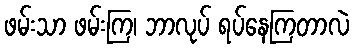
ဖမ်းသာ ဖမ်းကြ၊ ဘာလုပ် ရပ်နေကြတာလဲ